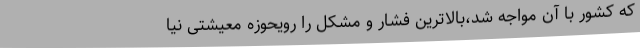
که کشور با آن مواجه شد،بالاترین فشار و مشکل را رویحوزه معیشتی نیا